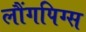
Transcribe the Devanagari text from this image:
लौंगपिग्स